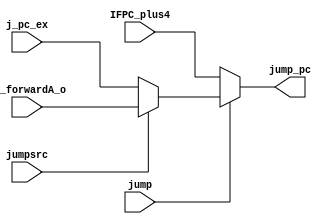
`timescale 1ns / 1ps
module J_PCMUX(jump, jumpsrc, jump_pc, IFPC_plus4, j_pc_ex, ID_forwardA_o);
//input signals
input wire jump;
input wire jumpsrc;
input wire [31:0] IFPC_plus4;
input wire [31:0] j_pc_ex;
input wire [31:0] ID_forwardA_o;

//output signals
output wire [31:0] jump_pc;

assign jump_pc = (!jump) ? IFPC_plus4 : (!jumpsrc) ? j_pc_ex : ID_forwardA_o;

endmodule